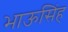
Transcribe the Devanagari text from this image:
भाऊसिंह